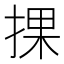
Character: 捰